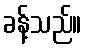
ခန့်သည်။